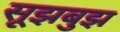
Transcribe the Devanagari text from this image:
सूझबुझ